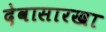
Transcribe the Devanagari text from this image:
देवासारखा